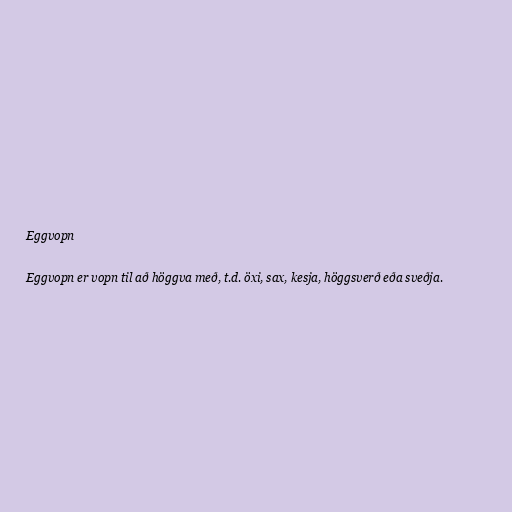
Eggvopn

Eggvopn er vopn til að höggva með, t.d. öxi, sax, kesja, höggsverð eða sveðja.